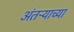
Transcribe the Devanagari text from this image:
अंतऱ्याच्या